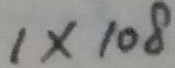
1 \times 1 0 8